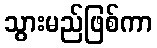
သွားမည်ဖြစ်ကာ